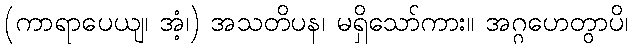
(ကာရာပေယျ၊ အံ့၊) အသတိပန၊ မရှိသော်ကား။ အဂ္ဂဟေတွာပိ၊